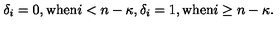
\delta _ { i } = 0 , { \mathrm { w h e n } } i < n - \kappa , \delta _ { i } = 1 , { \mathrm { w h e n } } i \ge n - \kappa .